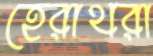
হেরাথরা